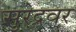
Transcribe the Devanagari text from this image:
सुरेद्रवर